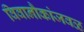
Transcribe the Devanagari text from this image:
विवानौकांजवळ